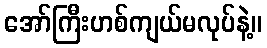
အော်ကြီးဟစ်ကျယ်မလုပ်နဲ့။